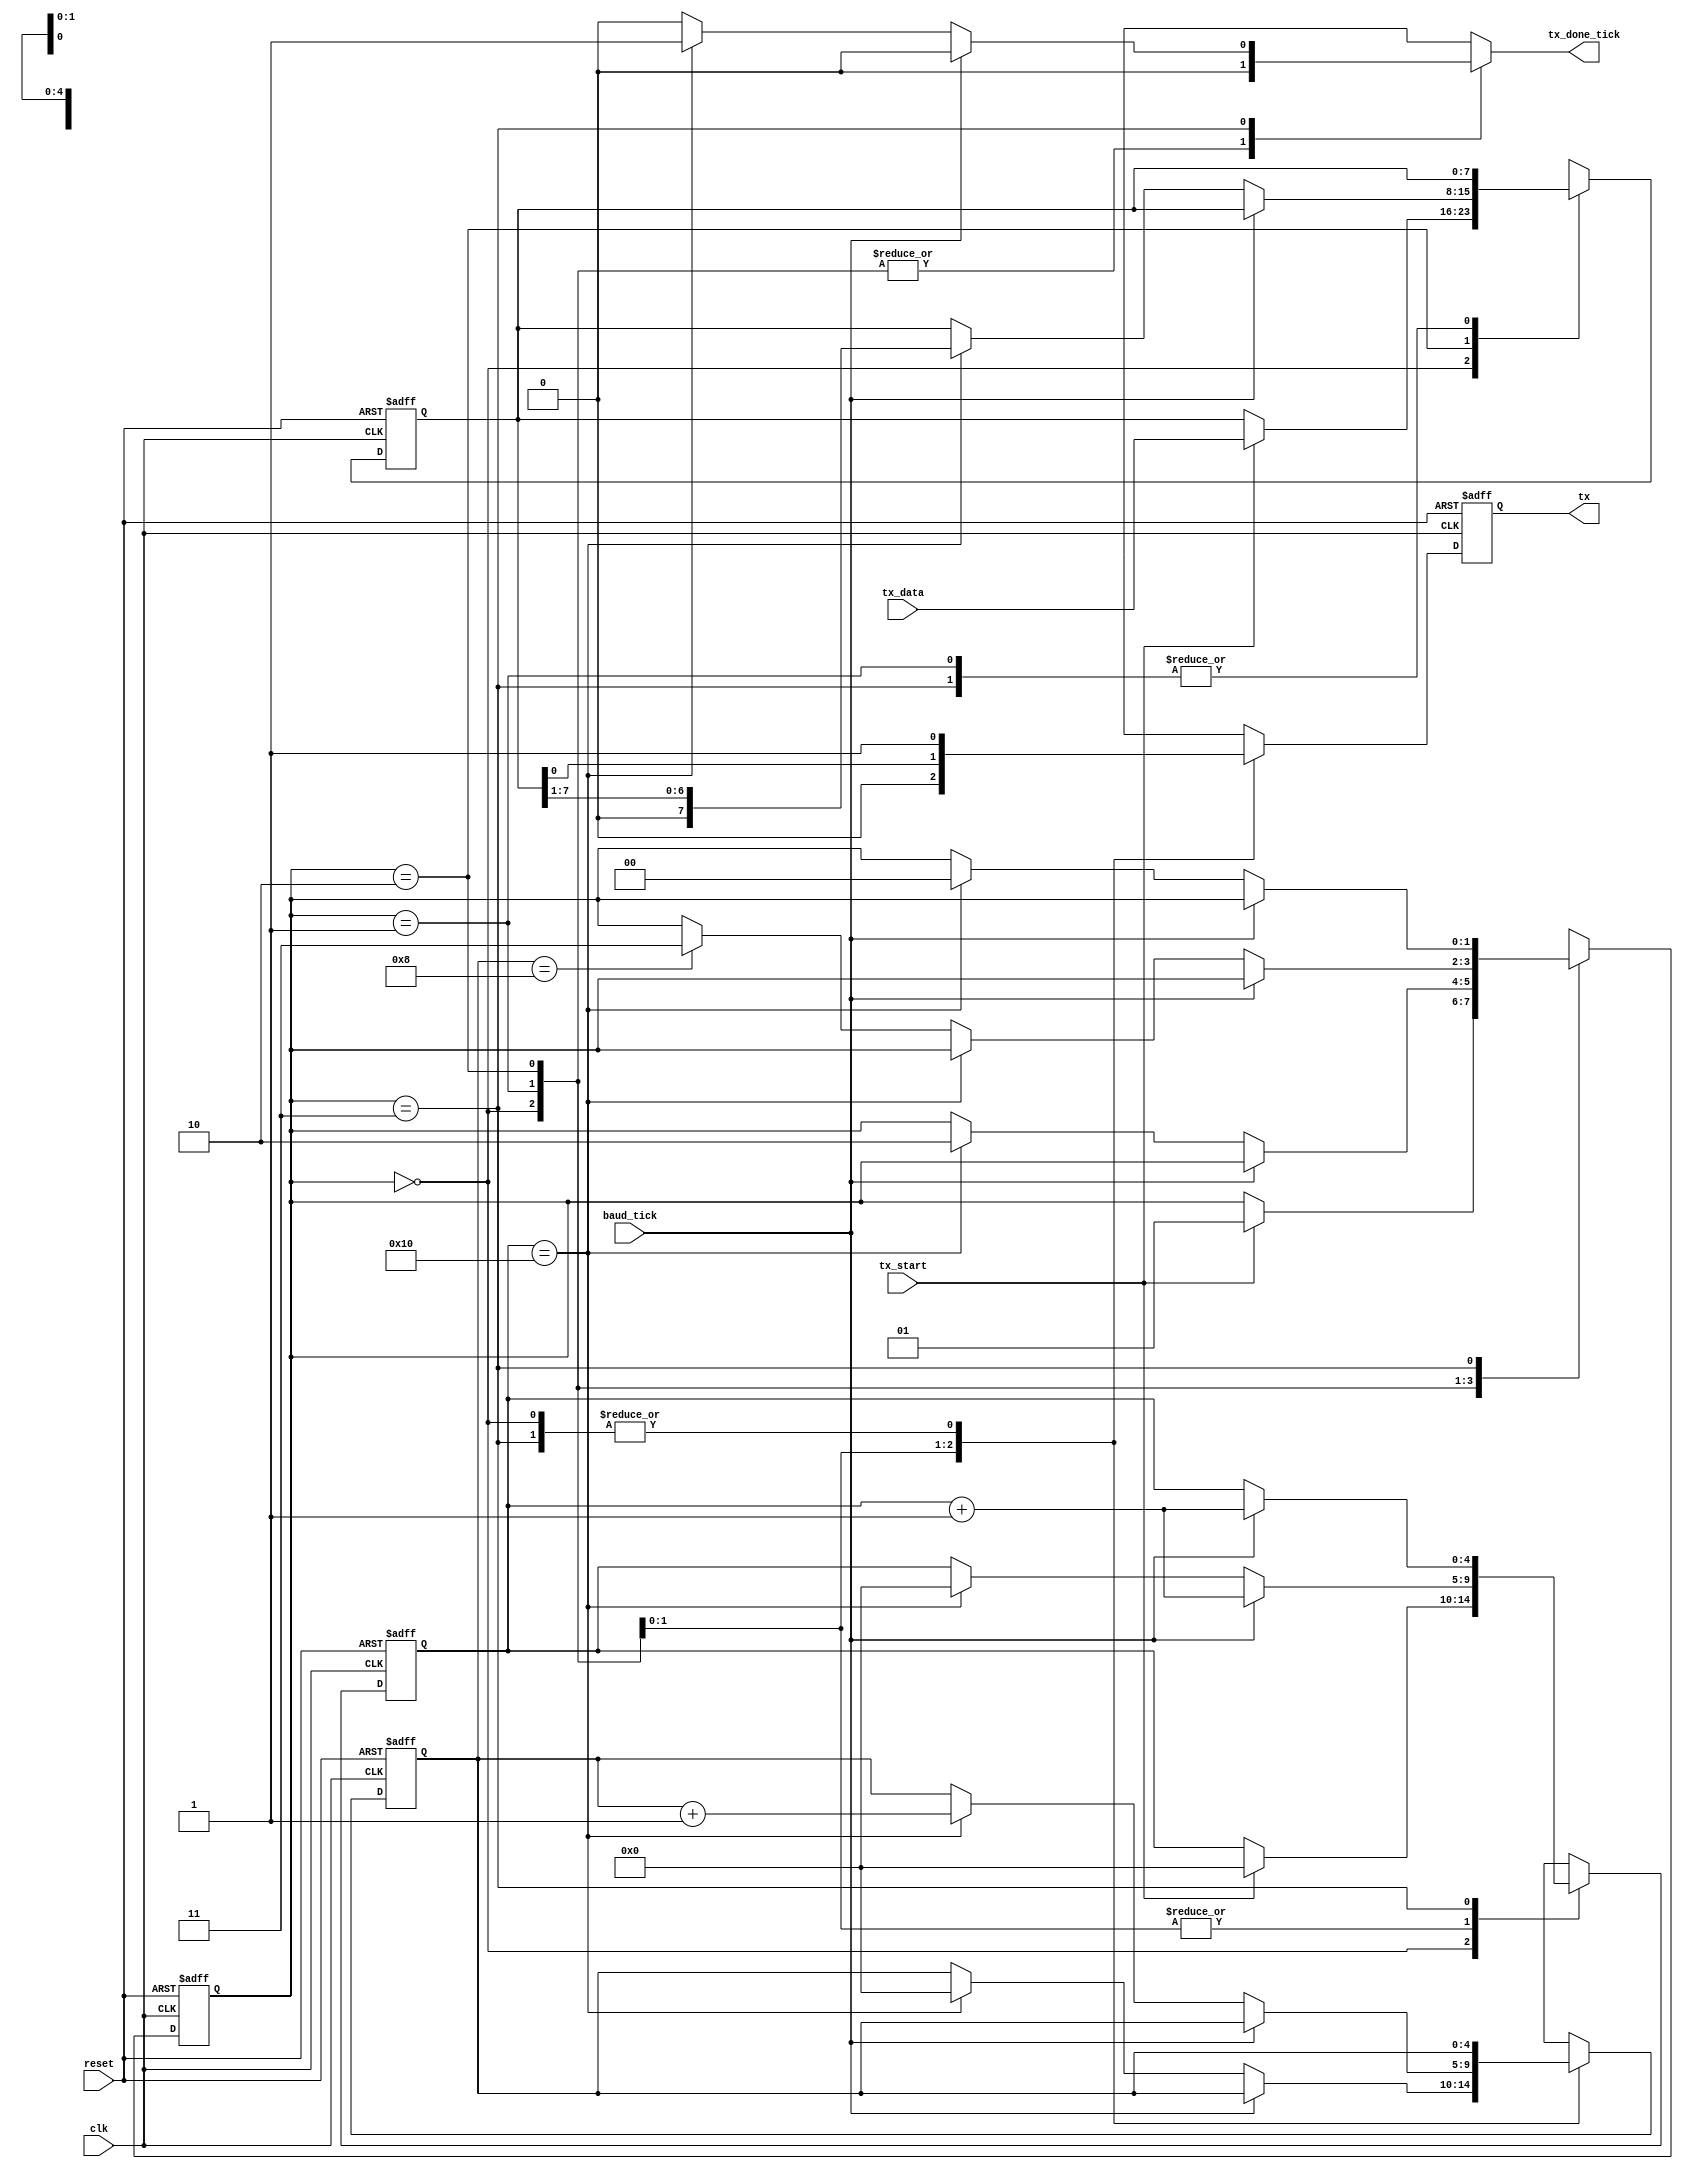
module uart_tx
	(
		input wire clk, reset,
		input wire tx_start, baud_tick,   // input to start transmitter, and 16*baudrate tick
		input wire [7:0] tx_data,         // data to transmit
		output reg tx_done_tick,          // transmit done tick
		output wire tx                    // output tx line
	);
	
	// symbolic state declarations
	localparam [1:0]
		idle  = 2'b00,	// idle state, waiting for tx_start to be asserted, load tx_data to output shift register
		start = 2'b01,	// start state, hold tx low for 16 baud ticks
		data  = 2'b10,	// transmit 8 data bits 
		stop  = 2'b11;    // stop bit, hold line high for 16 baud ticks
		
	// internal signal declarations
	reg [1:0] state_reg, state_next; // FSMD state register
	reg [4:0] baud_reg, baud_next;   // register to count baud_ticks
	reg [4:0] n_reg, n_next;         // register to count number of data bits shifted out
	reg [7:0] d_reg, d_next;         // register holds data to transmit
	reg tx_reg, tx_next;             // register to hold current state of tx line
	
	// FSMD state, baud counter, data counter, and data registers
	always @(posedge clk, posedge reset)
		if (reset)
			begin
			state_reg <= idle;
                        baud_reg  <= 0;
                        n_reg     <= 0;
                        d_reg     <= 0;
                        tx_reg    <= 1'b1;
			end
		else
			begin
                        state_reg <= state_next;
                        baud_reg  <= baud_next;
                        n_reg     <= n_next;
                        d_reg     <= d_next;
                        tx_reg    <= tx_next;
			end
	
	// FSMD next state logic
	always @*
		begin
		
		// defaults
		state_next   = state_reg;
		tx_done_tick = 1'b0;
		baud_next    = baud_reg;
		n_next       = n_reg;
		d_next       = d_reg;
		tx_next      = tx_reg;
		
		case (state_reg)
		
			idle:                                     // idle, hold tx line high, until tx_start asserted...
				begin
				tx_next = 1'b1;
				if (tx_start)                      // when tx_start input asserted
					begin
					state_next = start;        // go to start state
					baud_next  = 0;            // reset baud reg to 0
					d_next     = tx_data;      // load data to transit to data register
				        end
                                end
			
			start:                                     // start, hold line low for 16 baud_ticks 
				begin
				tx_next = 1'b0;                    // hold tx low
				
				if(baud_tick)
					baud_next = baud_reg + 1;  // increment baud_reg every tick  
					
				else if(baud_reg == 16)            // once 16 baud_ticks counted...
					begin
					state_next = data;         // go to data state
					baud_next  = 0;            // reset baud counter 
					n_next     = 0;            // and data bit counter to 0
					end
				end
			
			data:
				begin
				tx_next = d_reg[0];                // transmit LSB of data reg
				
				if(baud_tick)
					baud_next = baud_reg + 1;  // increment baud_reg every tick 
				
				else if(baud_reg == 16)            // once 16 baud_ticks counted...
					begin
					d_next    = d_reg >> 1;    // right shift data reg by 1, LSB is next bit to transfer out
					baud_next = 0;             // reset baud_tick counter
					n_next    = n_reg + 1;     // increment data bit counter
					end
				
				else if(n_reg == 8)                // once 8 data bits have been shifted out and transfered...
					state_next = stop ;        // move to stop state
				end
				
			stop:                                      // stop, hold line high for 16 baud_ticks
				begin
				tx_next = 1'b1;                    // hold tx high
				
				if(baud_tick)
					baud_next = baud_reg + 1;  // increment baud_reg every tick
					
				else if(baud_reg == 16)            // once 16 baud_ticks counted
					begin
					state_next = idle;         // go to idle state
					tx_done_tick = 1'b1;       // assert transfer done tick
					end
				end
		endcase
		end
	
	// output
	assign tx = tx_reg;
endmodule